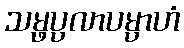
သမ္ဖပ္ပလာပမ္ပာဟံ